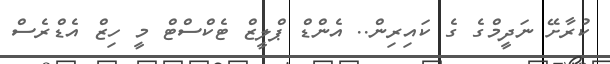
ކުރާށޭ ނަދީމްގެ ގެ ކައިރިން.. އެންޑް ޕްލީޒް ޓެކްސްޓް މީ ހިޒް އެޑްރެސް